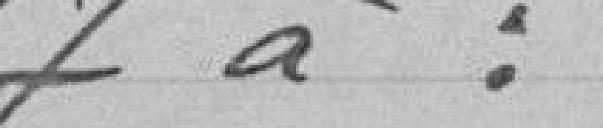
7 à :